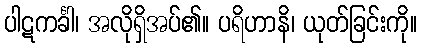
ပါဋကင်္ခါ၊ အလိုရှိအပ်၏။ ပရိဟာနိ၊ ယုတ်ခြင်းကို။